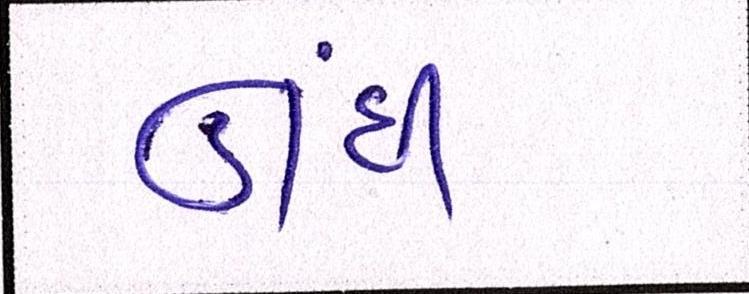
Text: ઊંધી